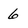
Character: 6